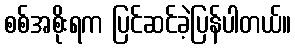
စစ်အစိုးရက ပြင်ဆင်ခဲ့ပြန်ပါတယ်။